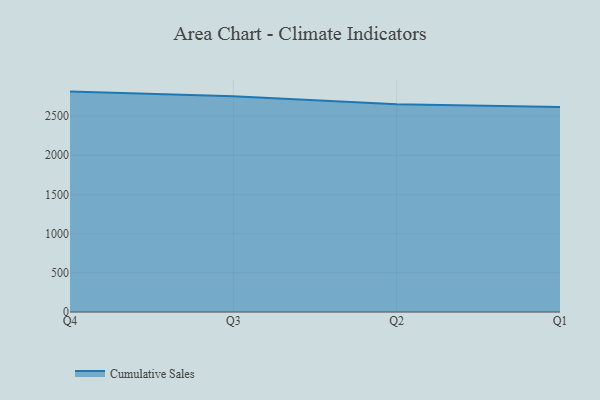
{"axis": {"x": "Quarter", "y": "Tickets Resolved"}, "legend": ["Cumulative Sales"], "data": [{"x": "Q4", "y": 2812.0, "type": "Cumulative Sales"}, {"x": "Q3", "y": 2751.9, "type": "Cumulative Sales"}, {"x": "Q2", "y": 2651.7, "type": "Cumulative Sales"}, {"x": "Q1", "y": 2616.5, "type": "Cumulative Sales"}]}